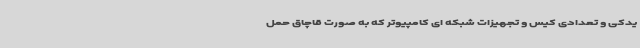
یدکی و تعدادی کیس و تجهیزات شبکه ای کامپیوتر که به صورت قاچاق حمل